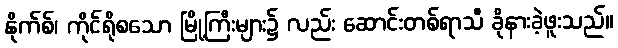
နိုက်စ်၊ ကိုင်ရိုစသော မြို့ကြီးများ၌ လည်း ဆောင်းတစ်ရာသီ ခိုနားခဲ့ဖူးသည်။